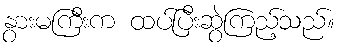
နွားမကြီးက ထပ်ပြီးဆွဲကြည့်သည်။